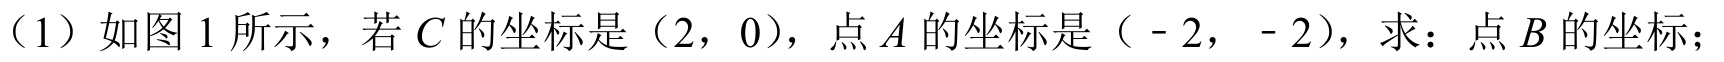
(1) 如图1所示，若$C$的坐标是（2，0），点$A$的坐标是（-2，-2），求：点$B$的坐标；